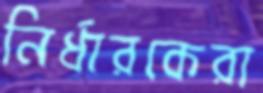
নির্ধারকেরা